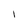
Character: 1